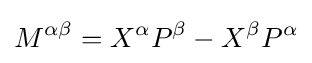
M^{\alpha \beta }=X^{\alpha }P^{\beta }-X^{\beta }P^{\alpha }